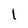
Character: 1